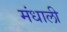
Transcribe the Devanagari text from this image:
मंधाली